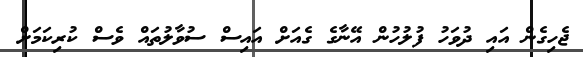
ޖެހިގެން އައި ދުވަހު ފުލުހުން އޭނާގެ ގެއަށް އައިސް ސުވާލުތައް ވެސް ކުރިކަމަށް